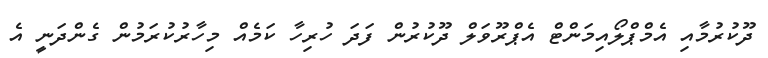
ދޫކުރުމާއި އެމްޕްލޯއިމަންޓް އެޕްރޫވަލް ދޫކުރުން ފަދަ ހުރިހާ ކަމެއް މިހާރުކުރަމުން ގެންދަނީ އެ